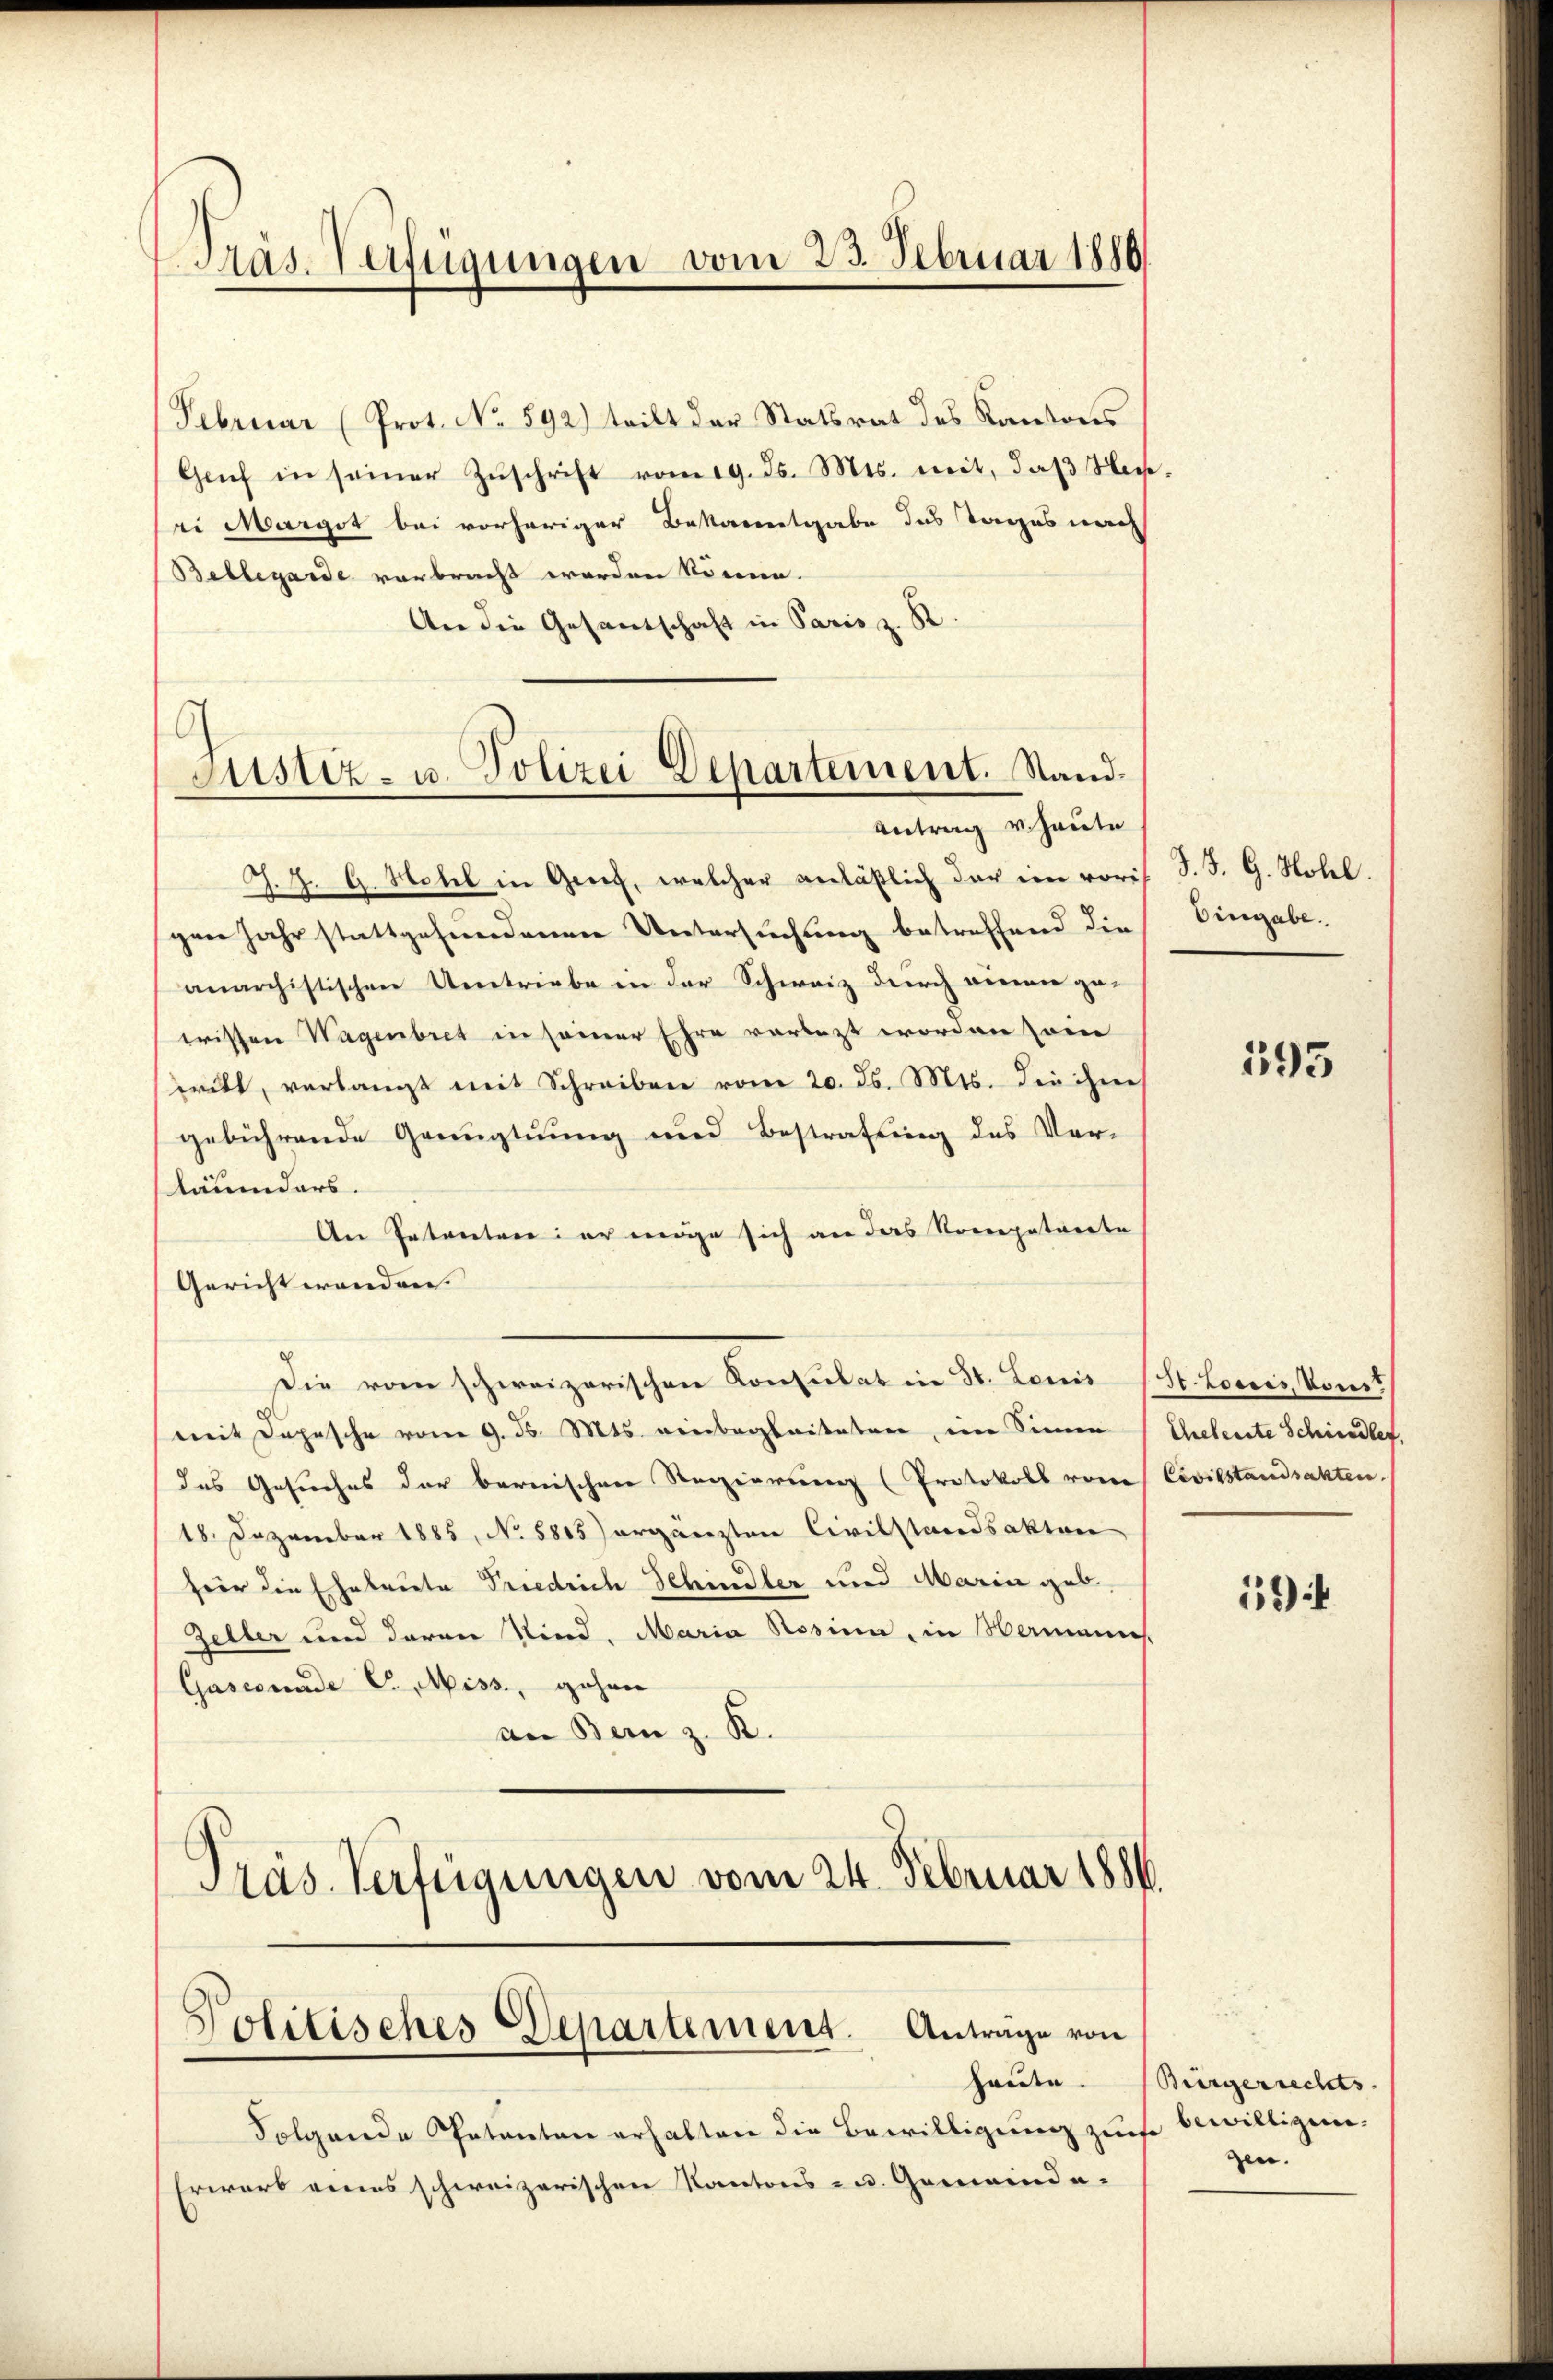
Präs. Verfügungen vom 23. Februar 1880

Februar (Prot. No 592) tritt der Statsrat des Kantones
Geif in seiner Zŭschrift vom 19. ds. Mts. mit, daβ Ne-
ei Margot bei vorheriger Bekanntgabe das Tages nach
Bellegarde vorbracht worden könne.
An die Gesandschaft in Paris z. B.
G
Justiz- u. Polizei Departement. Stand.

Antrag v. heute

J. J. G. Hotel in Greif, welcher anläßlich der ein vorigen Jahr stattgefundenen Untersuchung betreffend die
anarchistischen Umtriebe in der Schweiz durch einen gewissen Wagenbret in seiner Ehre vorletzt worden seine
ritt, verlangt mit Schreiben vom 20. ds. Mts. die ihm
gebührende Graugtuung und Bestrafung des Ver-
läumders.
Der Intertrie er möge sich an das Nocepatarrte
Gericht wenden.
Die vom schweizerischen Konsulat in St. Louis (St. Lorces, Von
mit Depesche vom 9. ds. Mts. einbegleiteten, im Sinne
das Gesuches der bernischen Regierung (Protokoll vom Civilstandsakten.
18. Dezember 1885, No 5805) ergänzten Civilstandsakten
fer die Eheleute Friedrich Schindler und Maria geb.
Zeller und deren sind. Maria Rosina, in Hermannes
Gasecunde C. Miss, gehen
an Bern z. R.
Präs. Verfügungen vom 24. Februar 1884

Politisches Departement. Antrage von
haute.

Folgende Petenten erhalten die Bewilligung zu bewilligen.
Erwart eines schweizerischen Kantons- u. Gemeinde-

J. B. G. Hotel.
Eingabe.

Chrebenste Schiedler.

Bürgerrechts.
gen.

193

12)